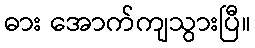
ဓား အောက်ကျသွားပြီ။